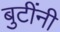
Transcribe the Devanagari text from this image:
बुटींनी